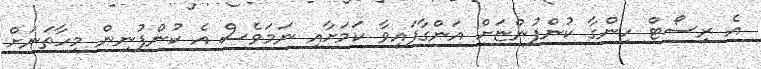
އެ ރިސޯޓް ހިންގާ ކުންފުންޏަށް އަންގާފައިވާ ކަމަށާއި ނަމަވެސް އެ ކުންފުނިން މިހާތަނަށް